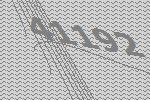
41192